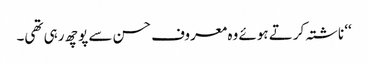
‘‘ ناشتہ کرتے ہوئے وہ معروف حسن سے پوچھ رہی تھی۔